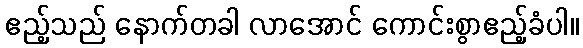
ဧည့်သည် နောက်တခါ လာအောင် ကောင်းစွာဧည့်ခံပါ။